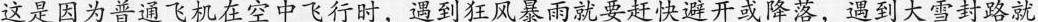
这是因为普通飞机在空中飞行时，遇到狂风暴雨就要赶快避开或降落，遇到大雪封路就